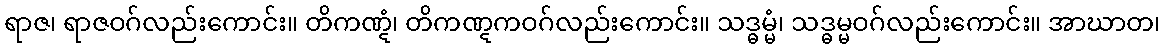
ရာဇ၊ ရာဇဝဂ်လည်းကောင်း။ တိကဏ္ဋံ၊ တိကဏ္ဋကဝဂ်လည်းကောင်း။ သဒ္ဓမ္မံ၊ သဒ္ဓမ္မဝဂ်လည်းကောင်း။ အာဃာတ၊